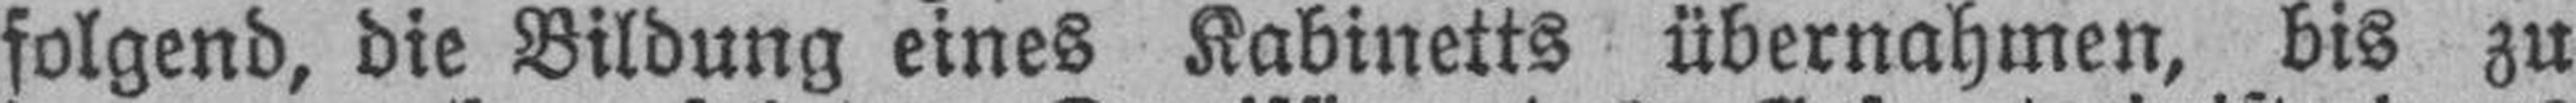
folgend, die Bildung eines Kabinetts übernahmen, bis zu